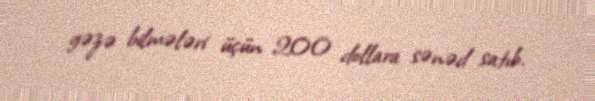
gəzə bilmələri üçün 200 dollara sənəd satıb.